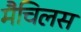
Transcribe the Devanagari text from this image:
मैचिलस